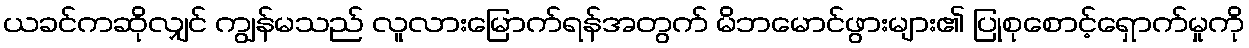
ယခင်ကဆိုလျှင် ကျွန်မသည် လူလားမြောက်ရန်အတွက် မိဘမောင်ဖွားများ၏ ပြုစုစောင့်ရှောက်မှုကို